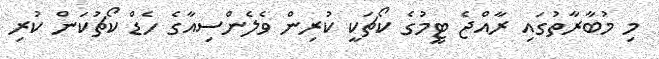
މި މުބާރާތުގައި ރާއްޖެ ޓީމުގެ ކޯޗަކީ ކުރިން ވެލެންސިއާގެ ހެޑް ކޯޗުކަން ކުރި